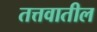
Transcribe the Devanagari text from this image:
तत्तवातील